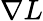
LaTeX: \nabla L